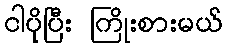
ငါပိုပြီး ကြိုးစားမယ်